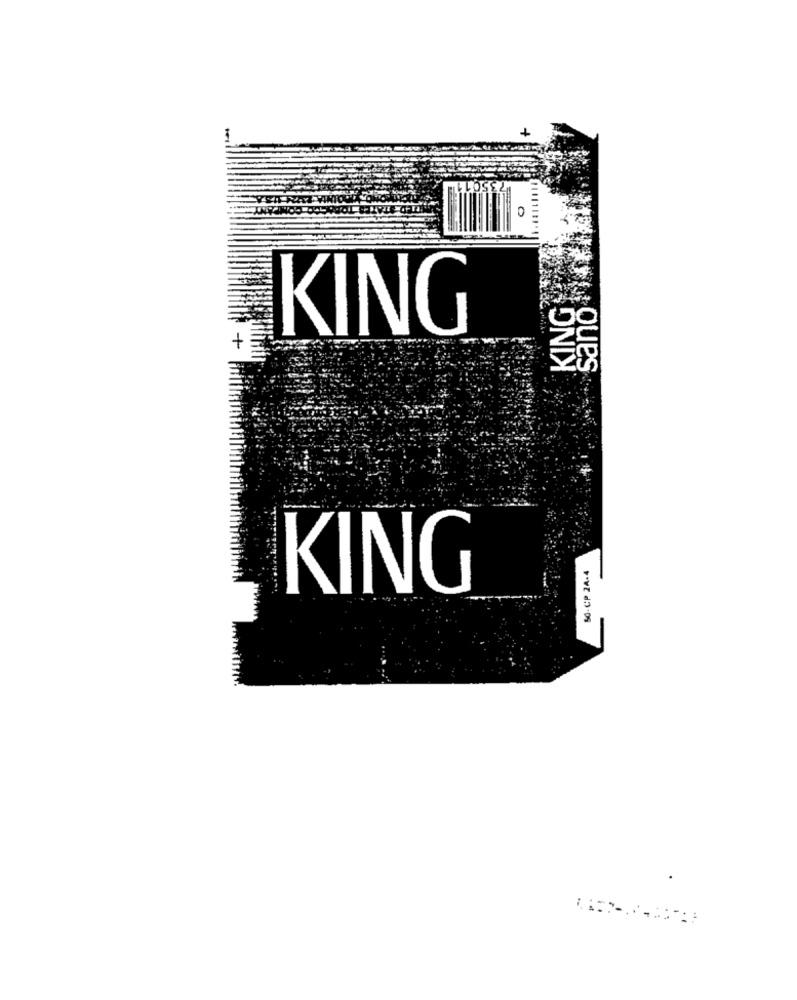
0
sano
KING
KING
SO-CP 24-4
KING